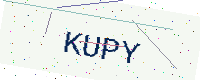
Text: KUPY